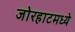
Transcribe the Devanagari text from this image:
जोरहाटमध्ये